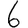
Digit: 6